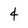
Character: 4